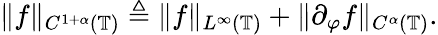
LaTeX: \| f\| _{C^{1+\alpha}(\mathbb{T})}\triangleq\| f\| _{L^{\infty}(\mathbb{T})}+\| \partial_{\varphi}f\| _{C^{\alpha}(\mathbb{T})}.